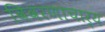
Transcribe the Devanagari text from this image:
विवरणाचार्य